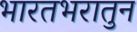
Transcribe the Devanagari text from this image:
भारतभरातुन